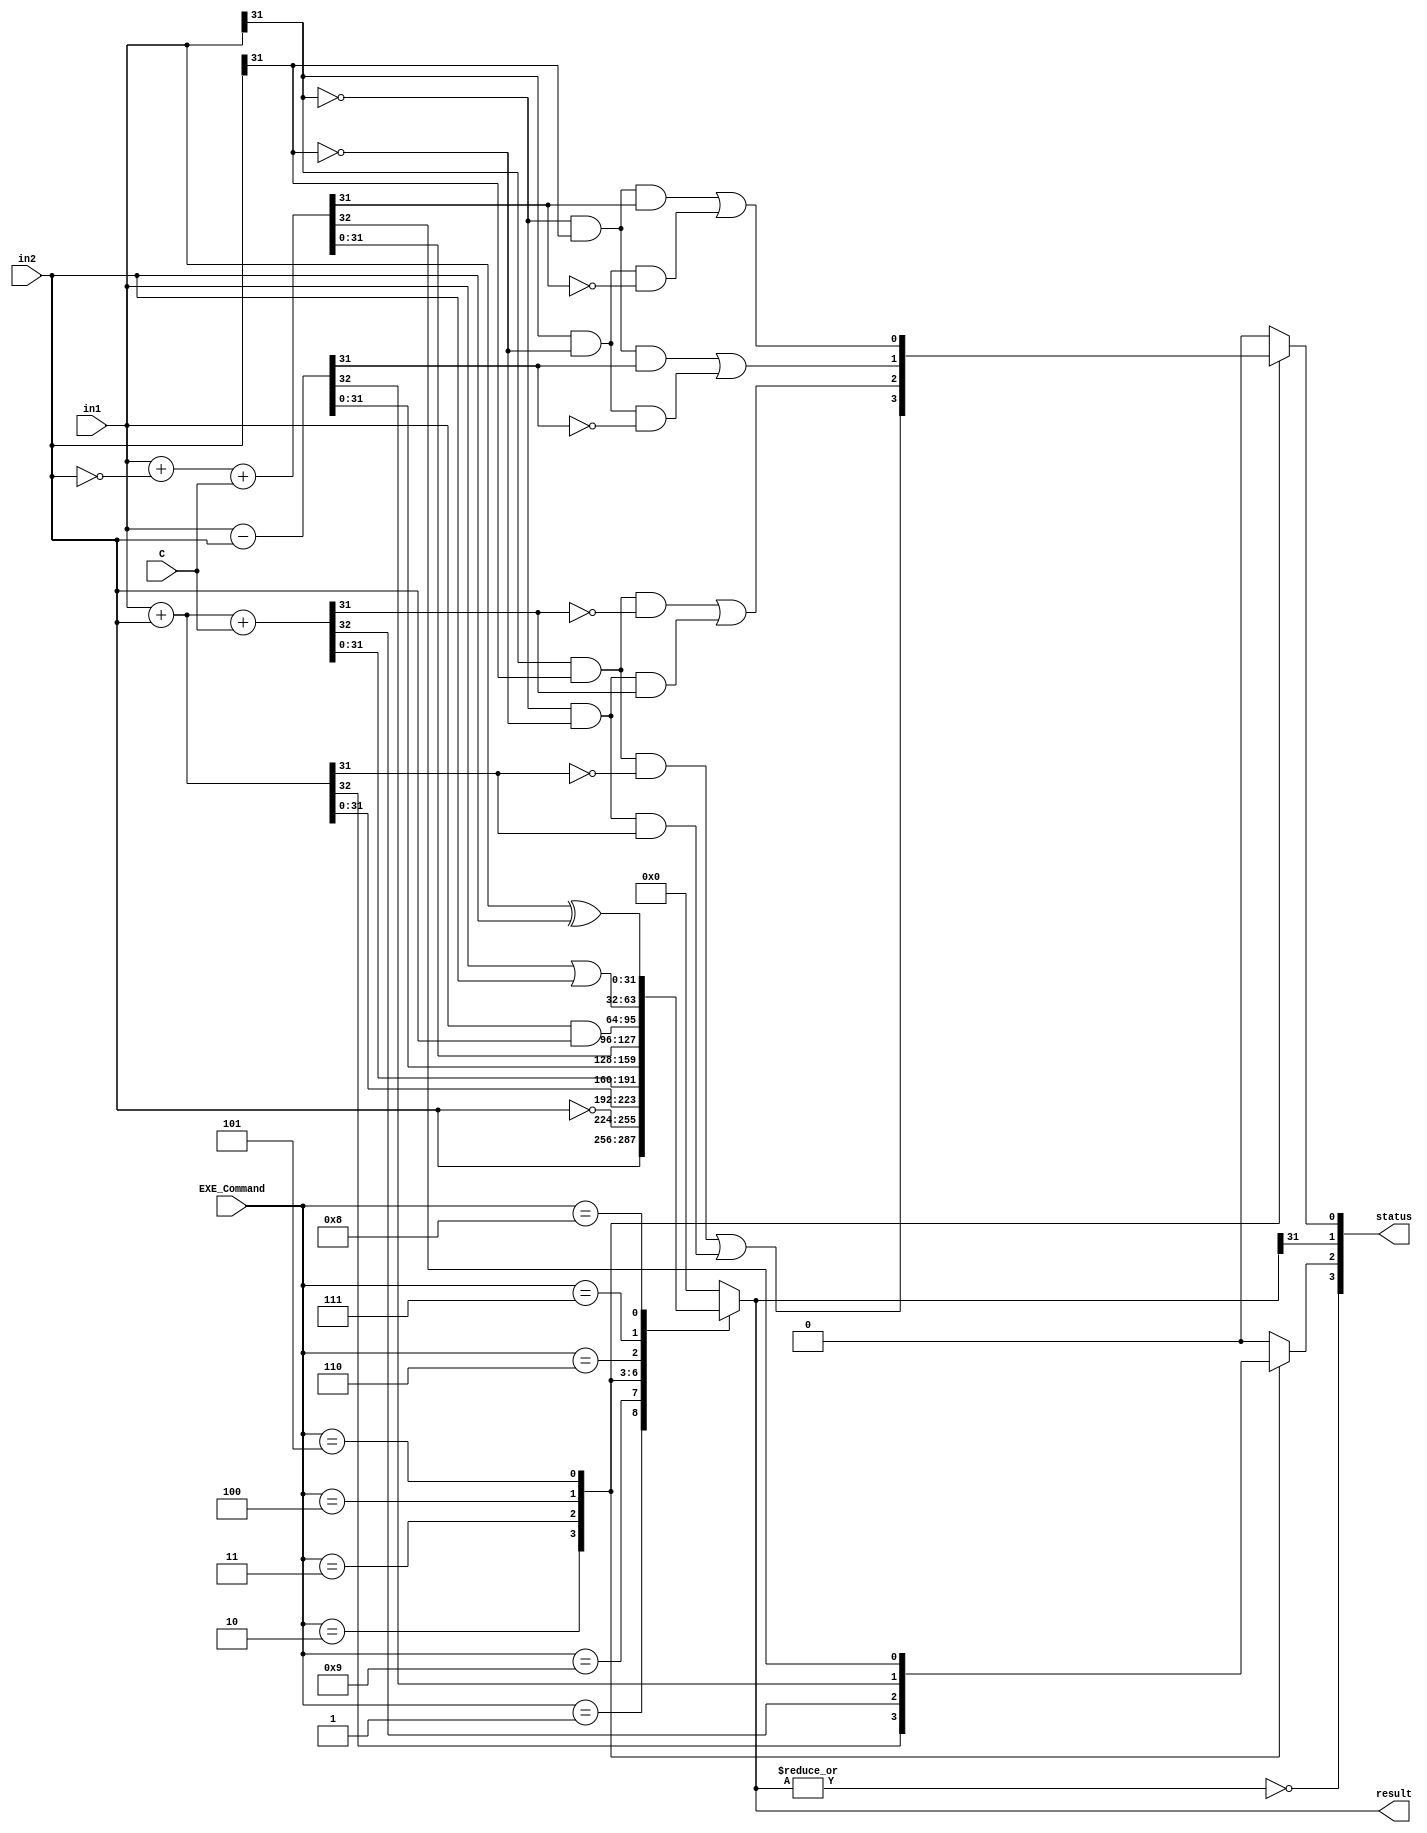
module ALU(
	in1,
	in2,
	EXE_Command,
	C,
	result,
	status
);

	input [31:0] in1, in2;
	input [3:0] EXE_Command;
	input C;
	output reg [31:0] result;
	output [3:0] status;

	reg V1, C1;
	wire N1, Z1;

	always @(*) begin
		V1 = 1'b0;
			C1 = 1'b0;
			case (EXE_Command)
				4'b0001: begin
					result = in2;
					end
					4'b1001: begin
						result = ~in2;
					end
					4'b0010: begin
							{C1, result} = in1 + in2;
						V1 = (in1[31] & in2[31] & !result[31]) || (!in1[31] & !in2[31] & result[31]);
					end
					4'b0011: begin
							{C1, result} = in1 + in2 + C;
						V1 = (in1[31] & in2[31] & !result[31]) || (!in1[31] & !in2[31] & result[31]);
					end
					4'b0100: begin
						{C1, result} = in1 - in2;
						V1 = (!in1[31] & in2[31] & result[31]) || (in1[31] & !in2[31] & !result[31]);

					end
					4'b0101: begin
						{C1, result} = in1 + ~in2 + C;
						V1 = (!in1[31] & in2[31] & result[31]) || (in1[31] & !in2[31] & !result[31]);
				end
					4'b0110: begin
						result = in1 & in2;
				end
				4'b0111: begin
							result = in1 | in2;
				end
					4'b1000: begin
						result = in1 ^ in2;
				end
				4'b0100: begin
							result = in1 - in2;
					end
					4'b0110: begin
							result = in1 & in2;
					end
					4'b0010: begin
							result = in1 + in2;
					end
					default:
						result = 32'b0;

			endcase
		end

	assign status = {Z1, C1, N1, V1};

	assign N1 = result[31];
	assign Z1 = ~(|result);

endmodule